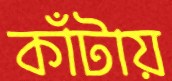
কাঁটায়